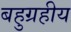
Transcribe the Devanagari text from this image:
बहुग्रहीय